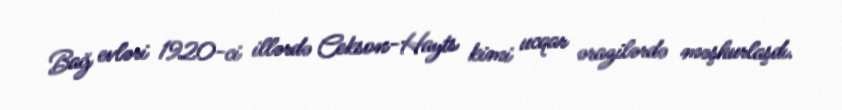
Bağ evləri 1920-ci illərdə Cekson-Hayts kimi ucqar ərazilərdə məşhurlaşdı.